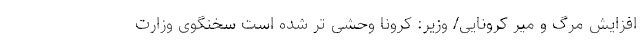
افزایش مرگ و میر کرونایی/ وزیر: کرونا وحشی تر شده است سخنگوی وزارت